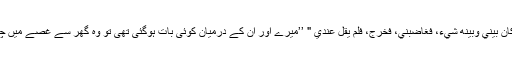
سیدہ فاطمہ رضی اللہ عنہا نے جواب دیا : "كَانَ بَيْنِي وَبَيْنَهُ شَيْءٌ، فَغَاضَبَنِي، فَخَرَجَ، فَلَمْ يَقِلْ عِنْدِي " ’’میرے اور ان کے درمیان کوئی بات ہوگئی تھی تو وہ گھر سے غصے میں چلے گئے اور میرے پاس قیلولہ بھی نہیں کیا۔